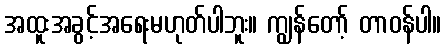
အထူးအခွင့်အရေးမဟုတ်ပါဘူး။ ကျွန်တော့် တာဝန်ပါ။